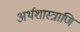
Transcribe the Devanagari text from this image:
अर्थशास्त्राणि